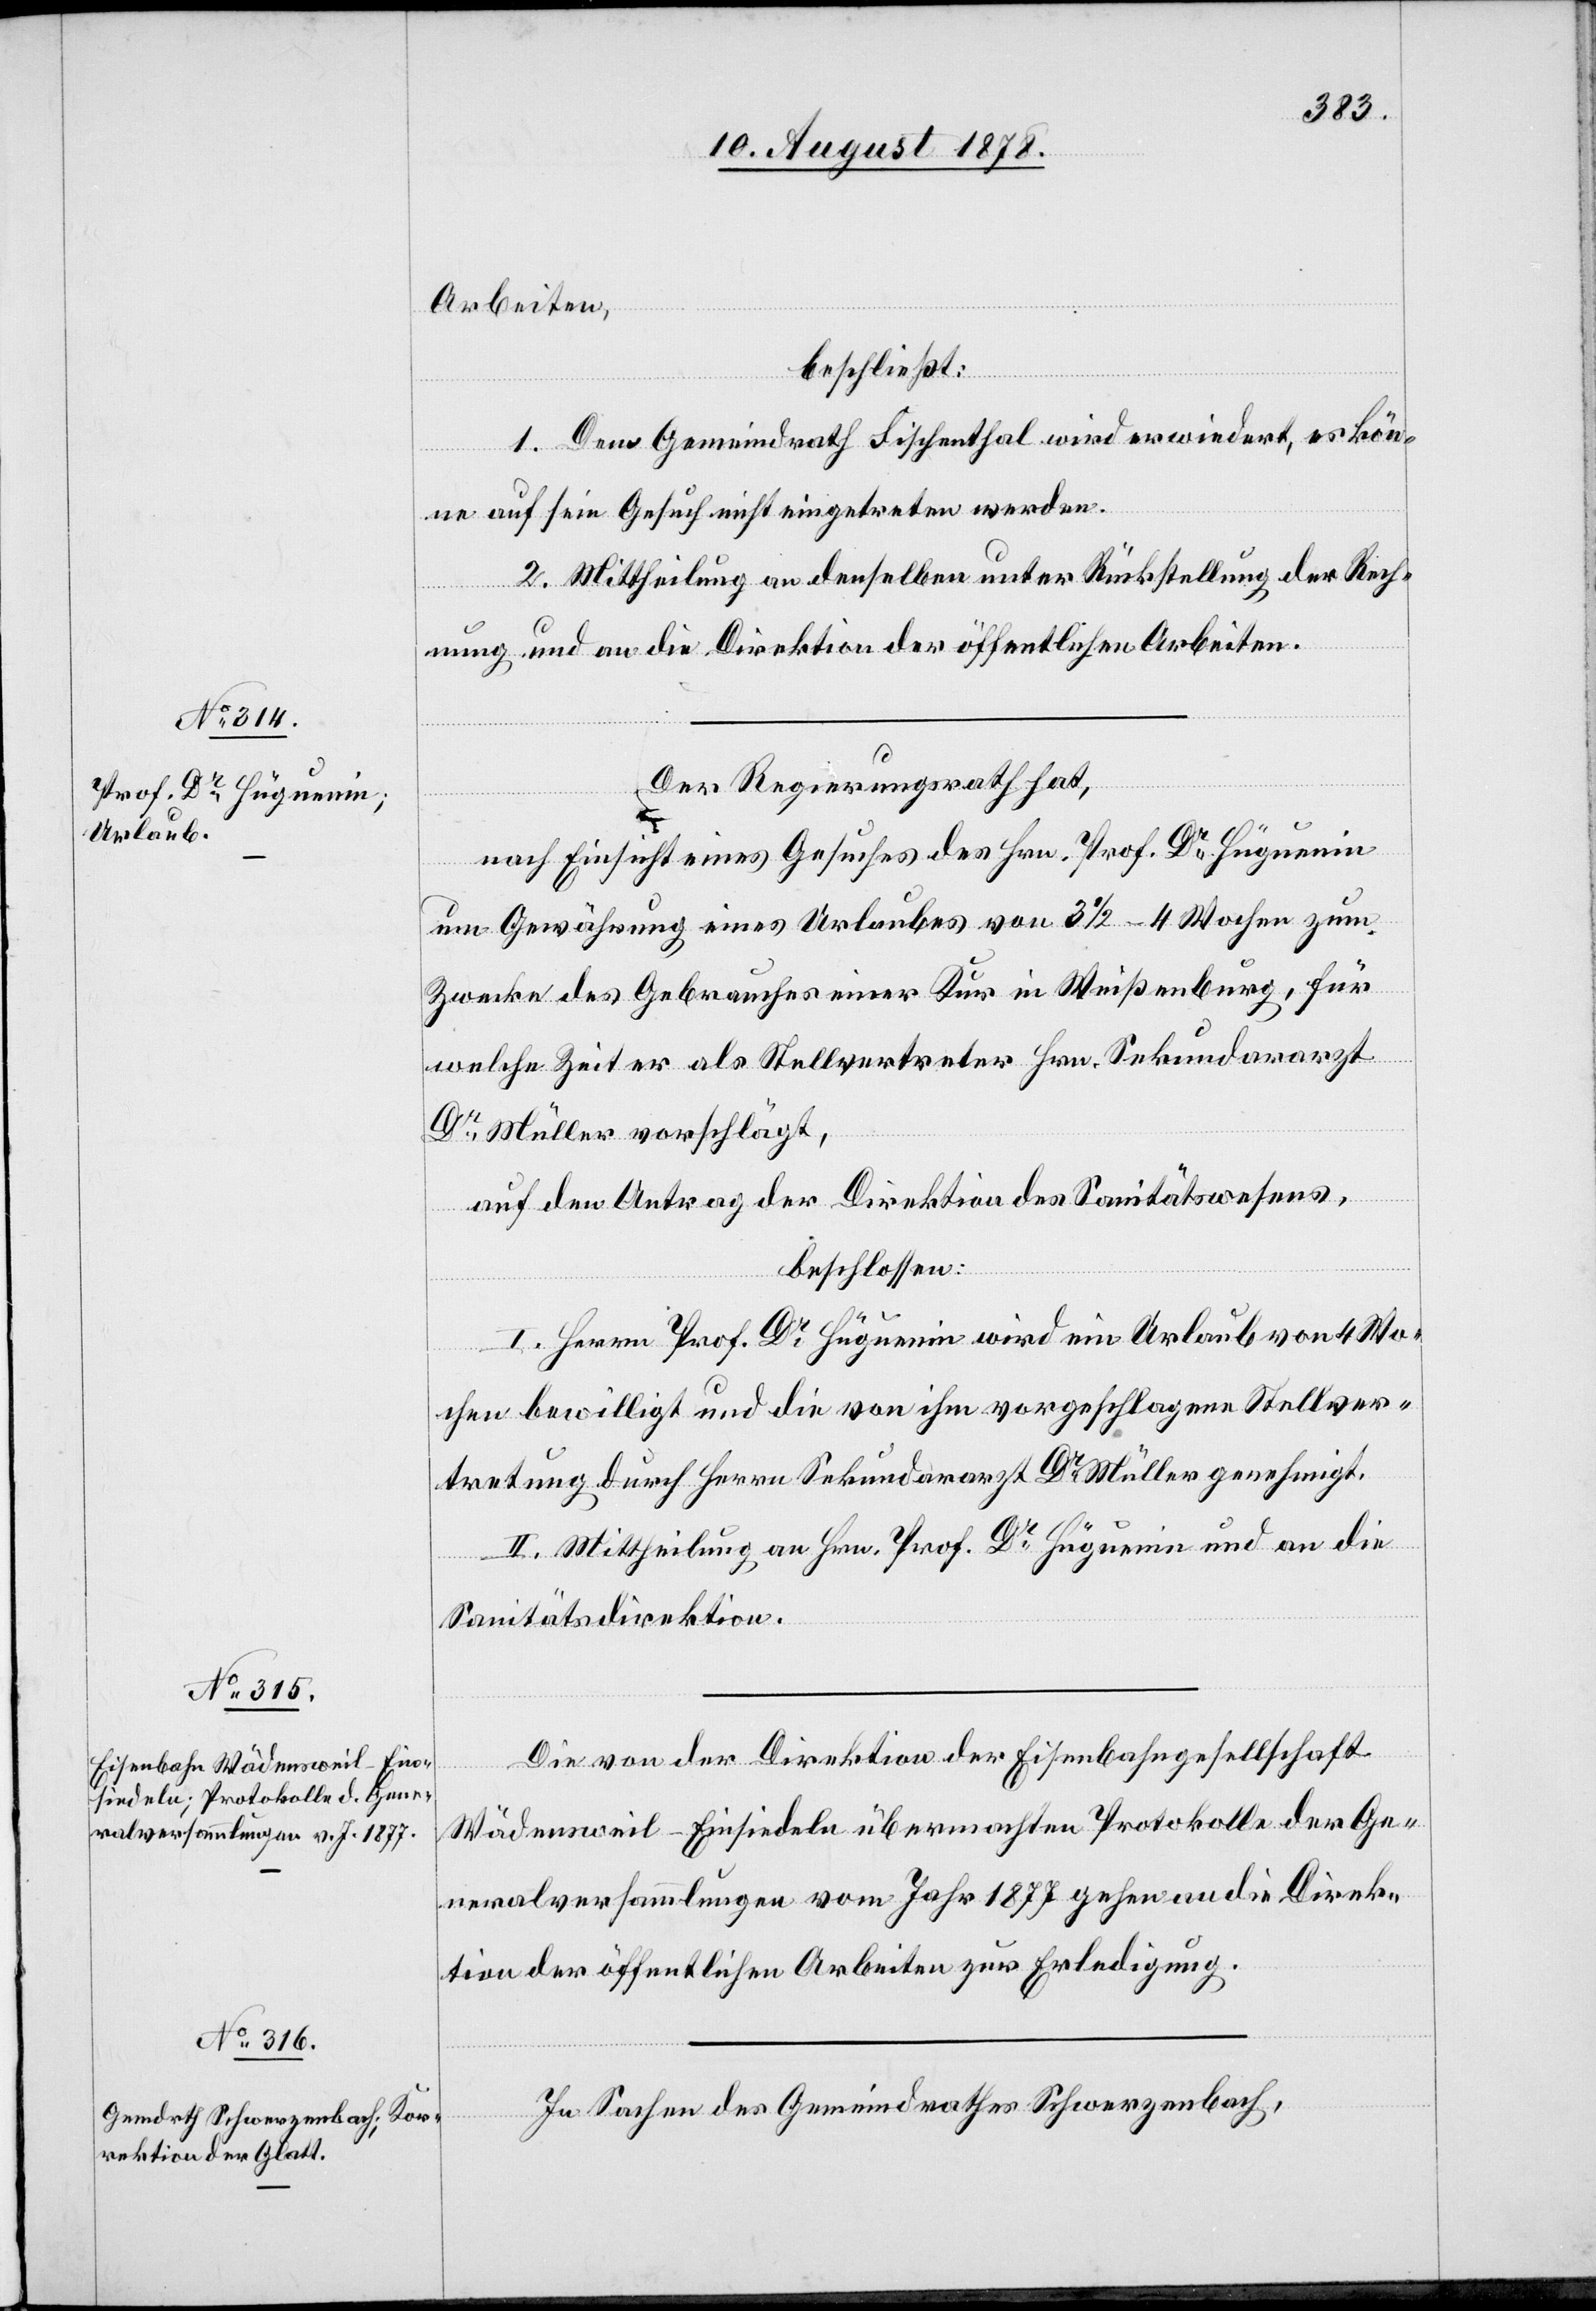
Arbeiten,
beschließt:
1. Dem Gemeindrath Fischenthal wird erwiedert, es kön¬
ne auf sein Gesuch nicht eingetreten werden.
2. Mittheilung an denselben unter Rückstellung der Rech¬
nung und an die Direktion der öffentlichen Arbeiten.
Der Regierungsrath hat,
nach Einsicht eines Gesuches des Hrn. Prof. Dr Hüguenin
um Gewährung eines Urlaubes von 3 1/2 – 4 Wochen zum
Zwecke des Gebrauches einer Kur in Weißenburg, für
welche Zeit er als Stellvertreter Hrn. Sekundararzt
Dr Müller vorschlägt,
auf den Antrag der Direktion des Sanitätswesens,
beschlossen:
I. Herrn Prof. Dr Hüguenin wird ein Urlaub von 4 Wo¬
chen bewilligt und die von ihm vorgeschlagene Stellver¬
tretung durch Herrn Sekundararzt Dr Müller genehmigt.
II. Mittheilung an Hrn. Prof. Dr Hüguenin und an die
Sanitätsdirektion.
Die von der Direktion der Eisenbahngesellschaft
Wädensweil–Einsiedeln übermachten Protokolle der Ge¬
neralversammlungen vom Jahr 1877 gehen an die Direk¬
tion der öffentlichen Arbeiten zur Erledigung.
In Sachen des Gemeindrathes Schwerzenbach,